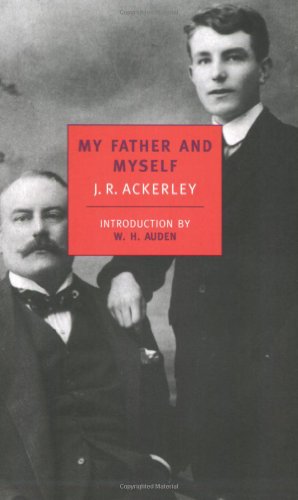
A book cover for My Father and Myself (Nyrb Classics S); J.R. Ackerley; Gay & Lesbian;